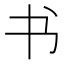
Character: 书